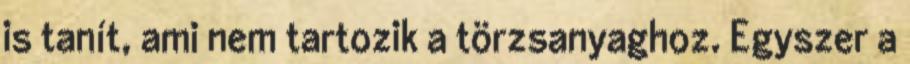
is tanít, ami nem tartozik a törzsanyaghoz. Egyszer a